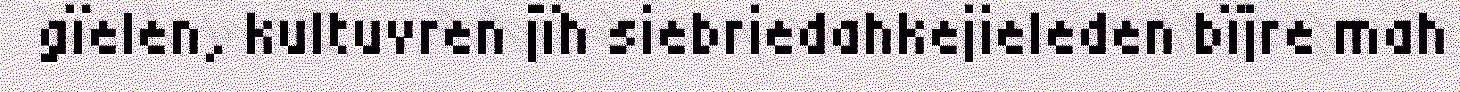
gïelen, kultuvren jïh siebriedahkejieleden bïjre mah